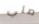
صلي